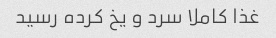
غذا کاملا سرد و یخ کرده رسید